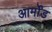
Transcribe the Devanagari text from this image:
आर्मोंड